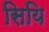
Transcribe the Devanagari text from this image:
सियि